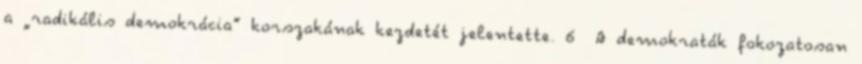
a „radikális demokrácia” korszakának kezdetét jelentette. 6 A demokraták fokozatosan